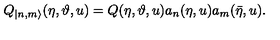
Q _ { | n , m \rangle } ( \eta , \vartheta , u ) = Q ( \eta , \vartheta , u ) a _ { n } ( \eta , u ) a _ { m } ( \bar { \eta } , u ) .